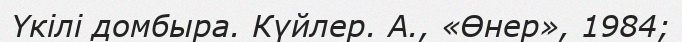
Үкілі домбыра. Күйлер. А., «Өнер», 1984;